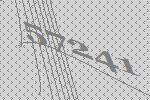
57241